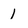
Character: 1